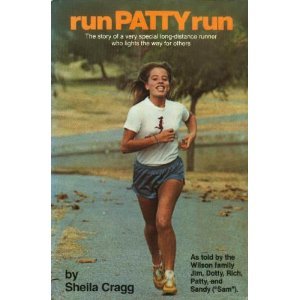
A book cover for Run Patty Run: The Story of a Very Special Long-Distance Runner Who Lights the Way for Others; Sheila Cragg; Health, Fitness & Dieting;